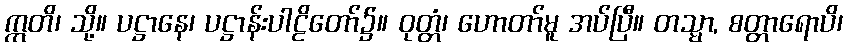
ဣတိ၊ သို့။ ပဋ္ဌာနေ၊ ပဋ္ဌာန်းပါဠိတော်၌။ ဝုတ္တံ၊ ဟောတာ်မူ အပ်ပြီ။ တသ္မာ, စတ္တာရောပိ၊